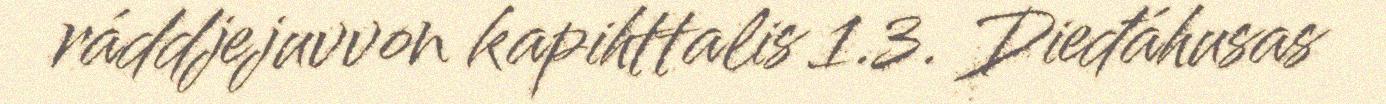
ráddjejuvvon kapihttalis 1.3. Dieđáhusas